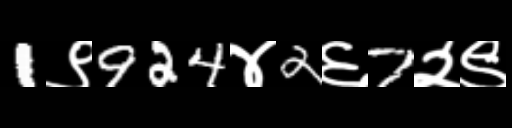
Text: 1९924४2६7२९